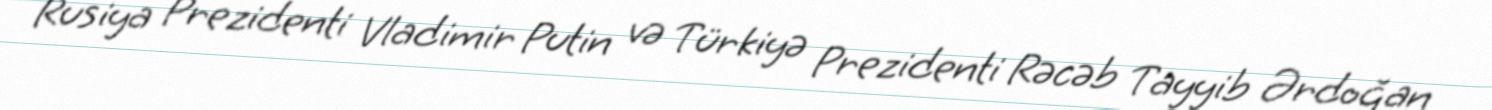
Rusiya Prezidenti Vladimir Putin və Türkiyə Prezidenti Rəcəb Tayyib Ərdoğan